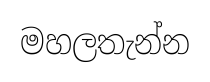
මහලතැන්න